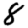
Digit: 8